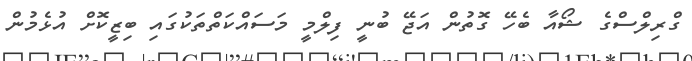
ގްރިލްސްގެ ޝޯއާ ބެހޭ ގޮތުން އަޖޭ ބުނީ ފިލްމީ މަސައްކަތްތަކުގައި ބިޒީކޮށް އުޅެމުން